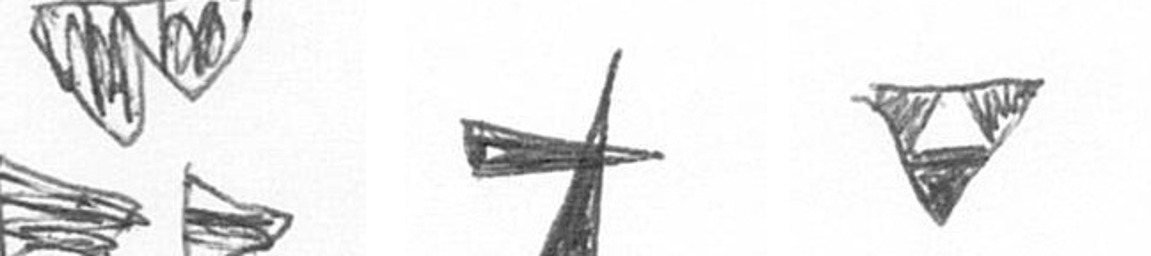
B G S